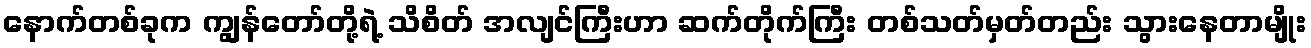
နောက်တစ်ခုက ကျွန်တော်တို့ရဲ့ သိစိတ် အလျင်ကြီးဟာ ဆက်တိုက်ကြီး တစ်သတ်မှတ်တည်း သွားနေတာမျိုး